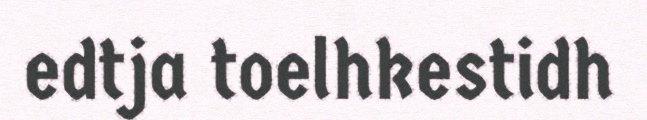
edtja toelhkestidh